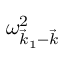
\omega _ { \vec { k } _ { 1 } - \vec { k } } ^ { 2 }